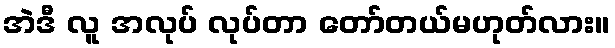
အဲဒီ လူ အလုပ် လုပ်တာ တော်တယ်မဟုတ်လား။